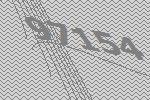
97154